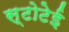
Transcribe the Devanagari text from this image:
स्टोटेई